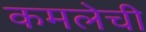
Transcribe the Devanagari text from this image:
कमलेची